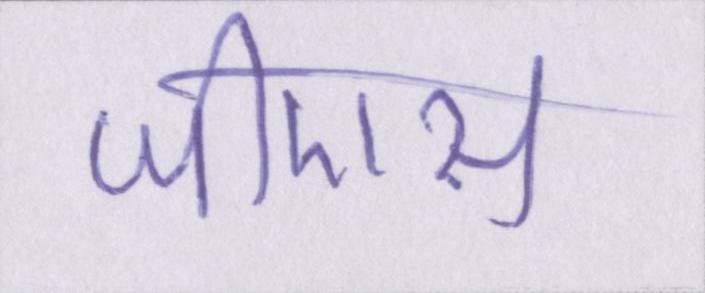
जीएस